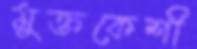
মুক্তকেশী